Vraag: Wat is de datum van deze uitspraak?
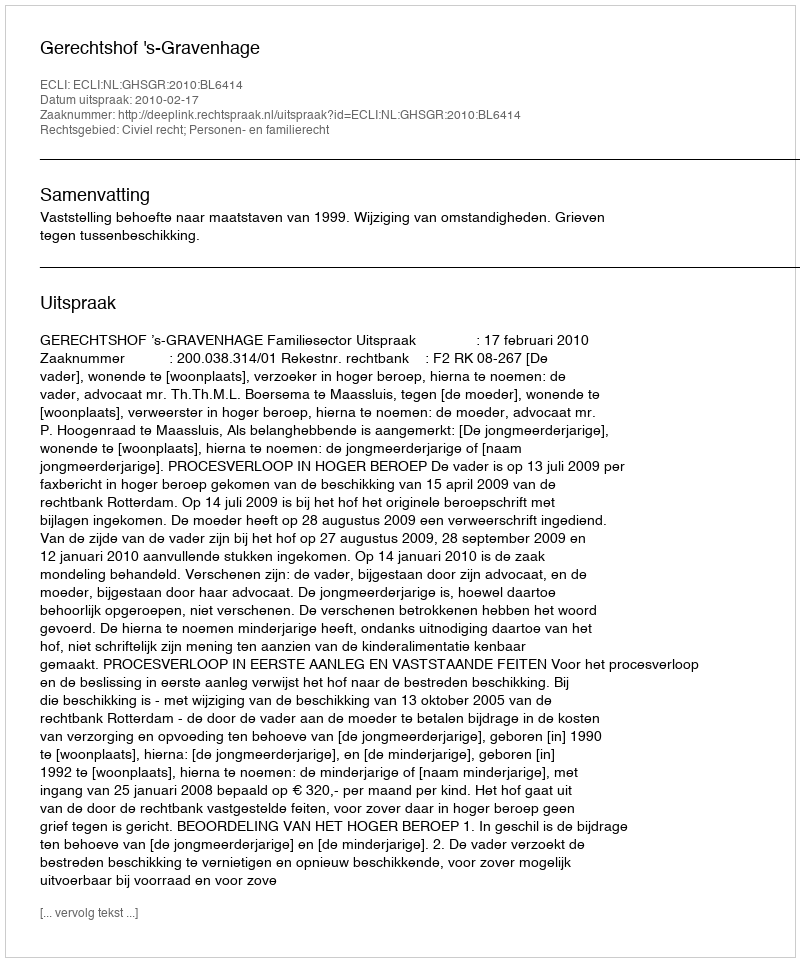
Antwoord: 2010-02-17